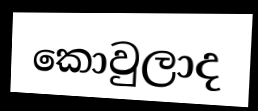
කොවුලාද